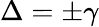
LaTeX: \Delta=\pm\gamma